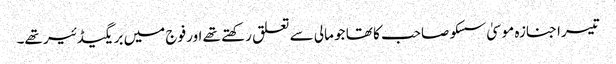
تیسرا جنازہ موسیٰ سسکو صاحب کا تھا جو مالی سے تعلق رکھتے تھے اور فوج میں بریگیڈئیر تھے۔